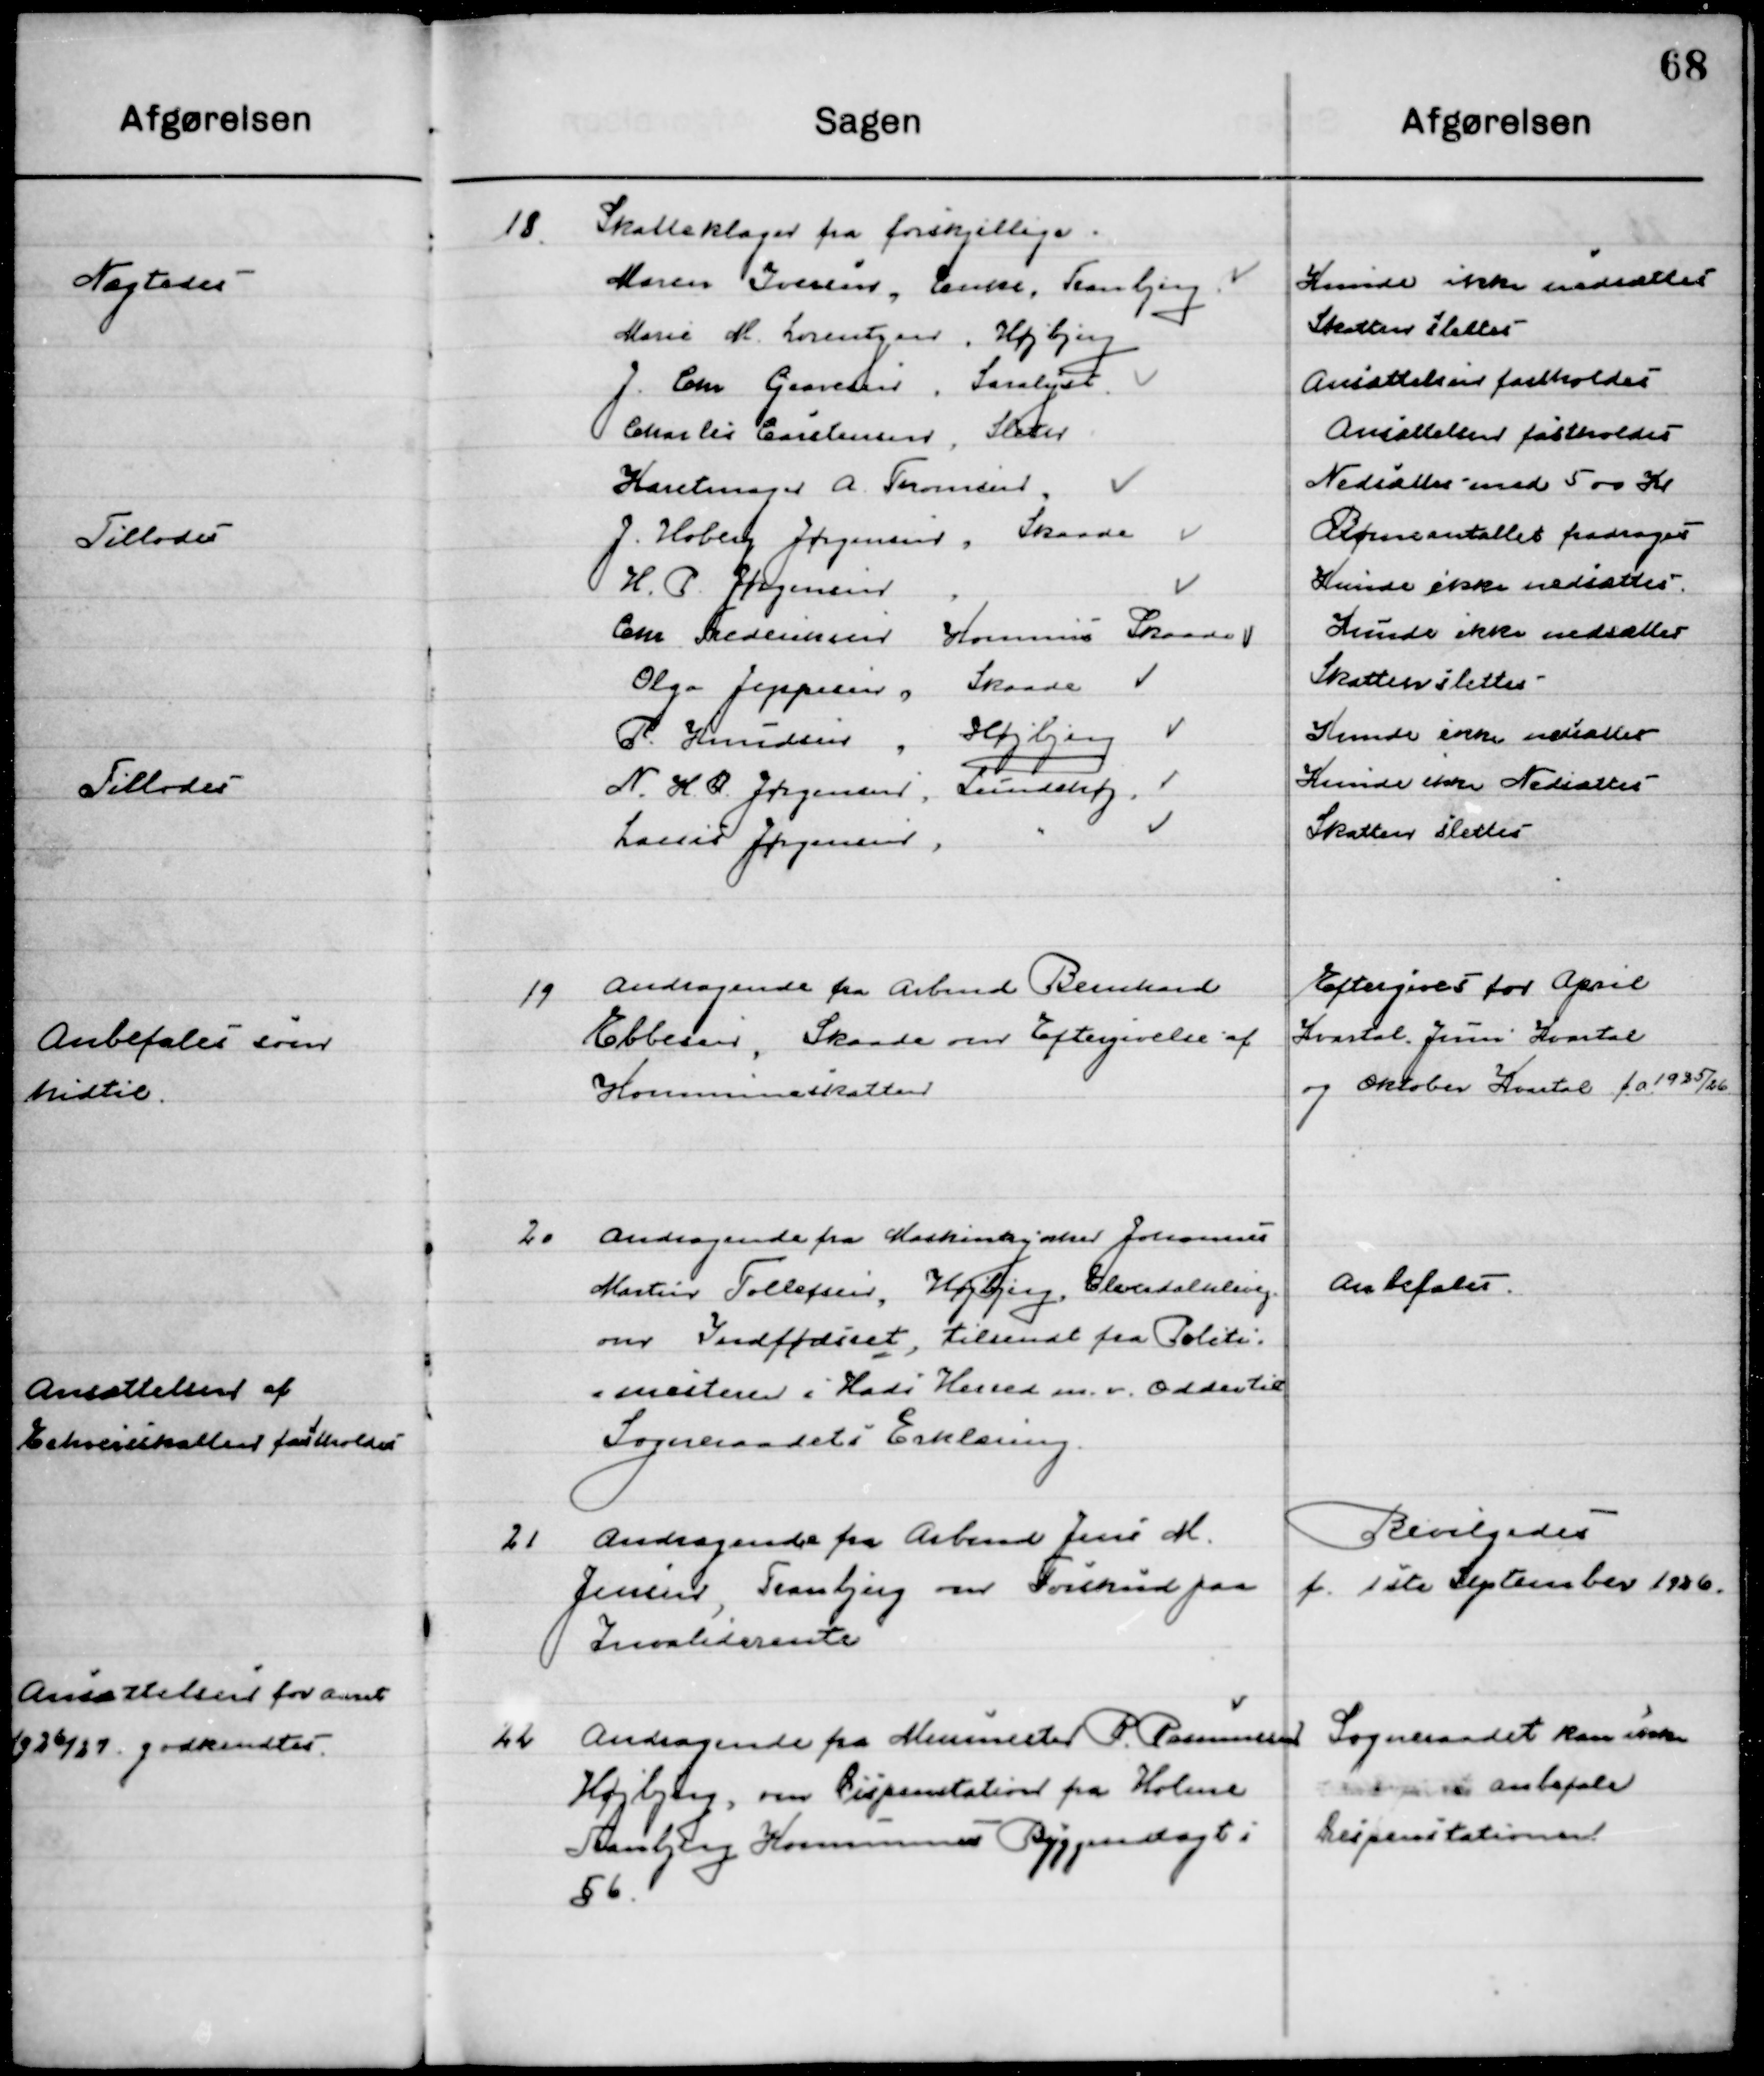
Transskription:
18

Skatteklage fra forskellige

19

Andragende fra Arbmd. Berntsen 
Ebbesen, Skaade om Eftergivelse af
Kommuneskatten.

Eftergives for April
Kvartal, juni Kvartal
Og Oktober Kvartal f. a. 1925/26

20

Andragende fra Maskinsynsmd Johannes 
Martin Tollefsen Højbjerg Ellevedalsvej 
om Indfødsret, tilsendt fra Politi-
mesteren i Hads Herreds m.v. Odder til 
Sogneraadets Erklæring

Anbefales

21

Andragende fra Jens M. 
Jensen, Tranbjerg om forskud paa
Invalide rente.

Bevilgedes 
f. 1ste September 1926

22

Andragende fra Murermester R. Rasmussen
Højbjerg om Dispensation fra Holme
Tranbjerg Kommune Byggevedtægt i 
§ 5

Sogneraadet kan ikke 
 anbefale
Dispensationen